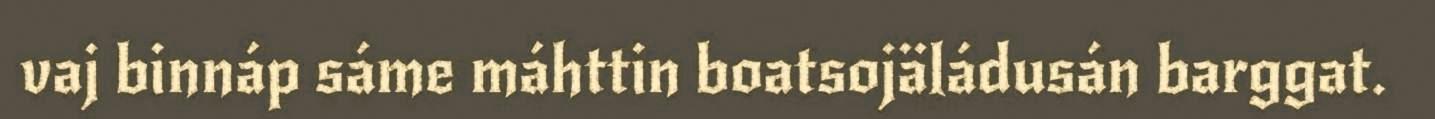
vaj binnáp sáme máhttin boatsojäládusán barggat.